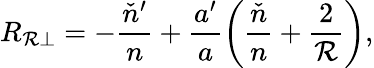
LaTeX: R_{\mathcal{R}\perp}=-\frac{{\check{{n}}^{\prime}}}{{n}}+\frac{{a^{\prime}}}{{a}}\left(\frac{{\check{{n}}}}{{n}}+\frac{{2}}{{\mathcal{R}}}\right),